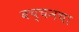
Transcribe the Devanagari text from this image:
बच्चनचा